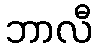
ဘာလီ